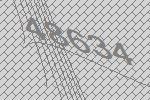
48634